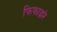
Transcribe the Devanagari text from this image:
फिफाद्वारे